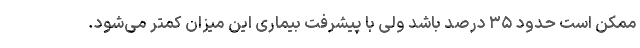
ممکن است حدود ۳۵ درصد باشد ولی با پیشرفت بیماری این میزان کمتر می‌شود.